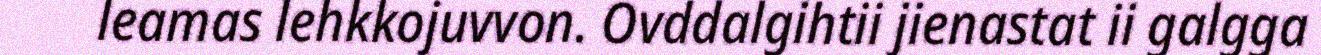
leamas lehkkojuvvon. Ovddalgihtii jienastat ii galgga